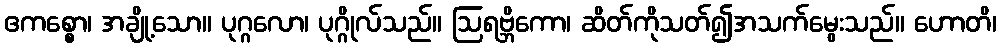
ဧကစ္စော၊ အချို့သော။ ပုဂ္ဂလော၊ ပုဂ္ဂိုလ်သည်။ ဩရဗ္ဘိကော၊ ဆိတ်ကိုသတ်၍အသက်မွေးသည်။ ဟောတိ၊